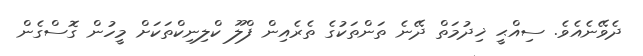
ދެވޭނެއެވެ. ސިއްޙީ ޚިދުމަތް ދޭނެ ތަންތަކުގެ ތެރެއިން ފްލޫ ކްލިނިކްތަކަށް މީހުން ގޮސްގެން